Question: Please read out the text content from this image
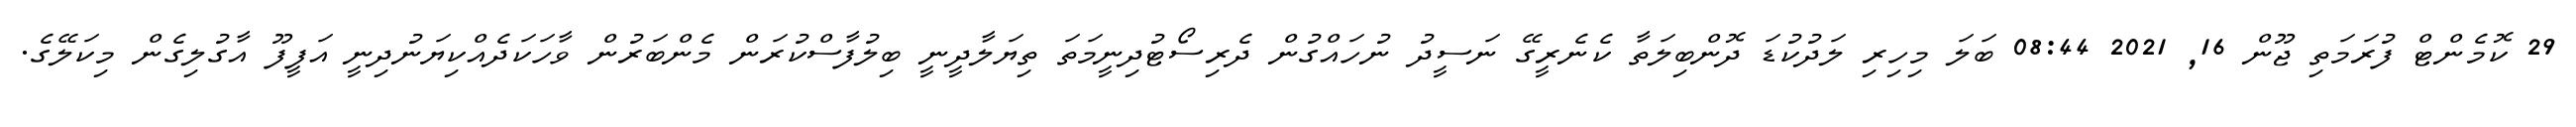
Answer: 29 ކޮމެންޓް ފުރަމަތި ޖޫން 16, 2021 08:44 ބަލަ މިހިރި ލަދުކުޑަ ދޮންބިލަތާ ކެނެރީގޭ ނަސީދު ނުހައްގުން ދެރިސޯޓުދިނީމަތަ ތިޔަލާދީނީ ބިލުފާސްކުރަން މެންބަރުން ވާހަކަދެއްކިޔަނުދިނީ އަފީފޫ އާގުލިގެން މިކަލޭގެ.